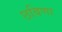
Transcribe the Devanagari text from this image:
छबिणा